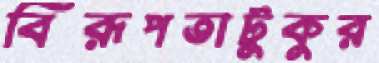
বিরূপতাটুকুর